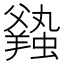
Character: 𧒦